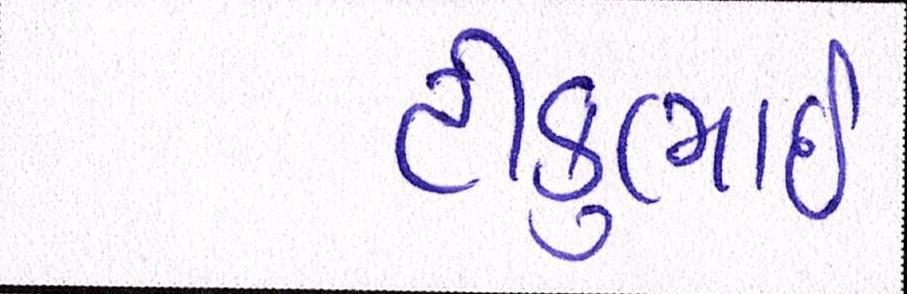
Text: ટીકુભાઇ